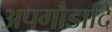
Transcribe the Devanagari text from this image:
अपगौडादि